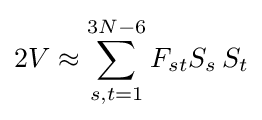
2V\approx \sum _{s,t=1}^{3N-6}F_{st}S_{s}\,S_{t}